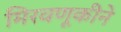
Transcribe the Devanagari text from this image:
मिरवणूकीने